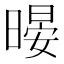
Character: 暥